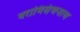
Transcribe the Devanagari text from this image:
वरामिसंघनाथ